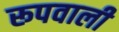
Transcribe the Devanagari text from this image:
रूपवाली